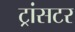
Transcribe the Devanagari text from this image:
ट्रांसटर